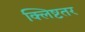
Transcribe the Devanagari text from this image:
क्लिष्टतर